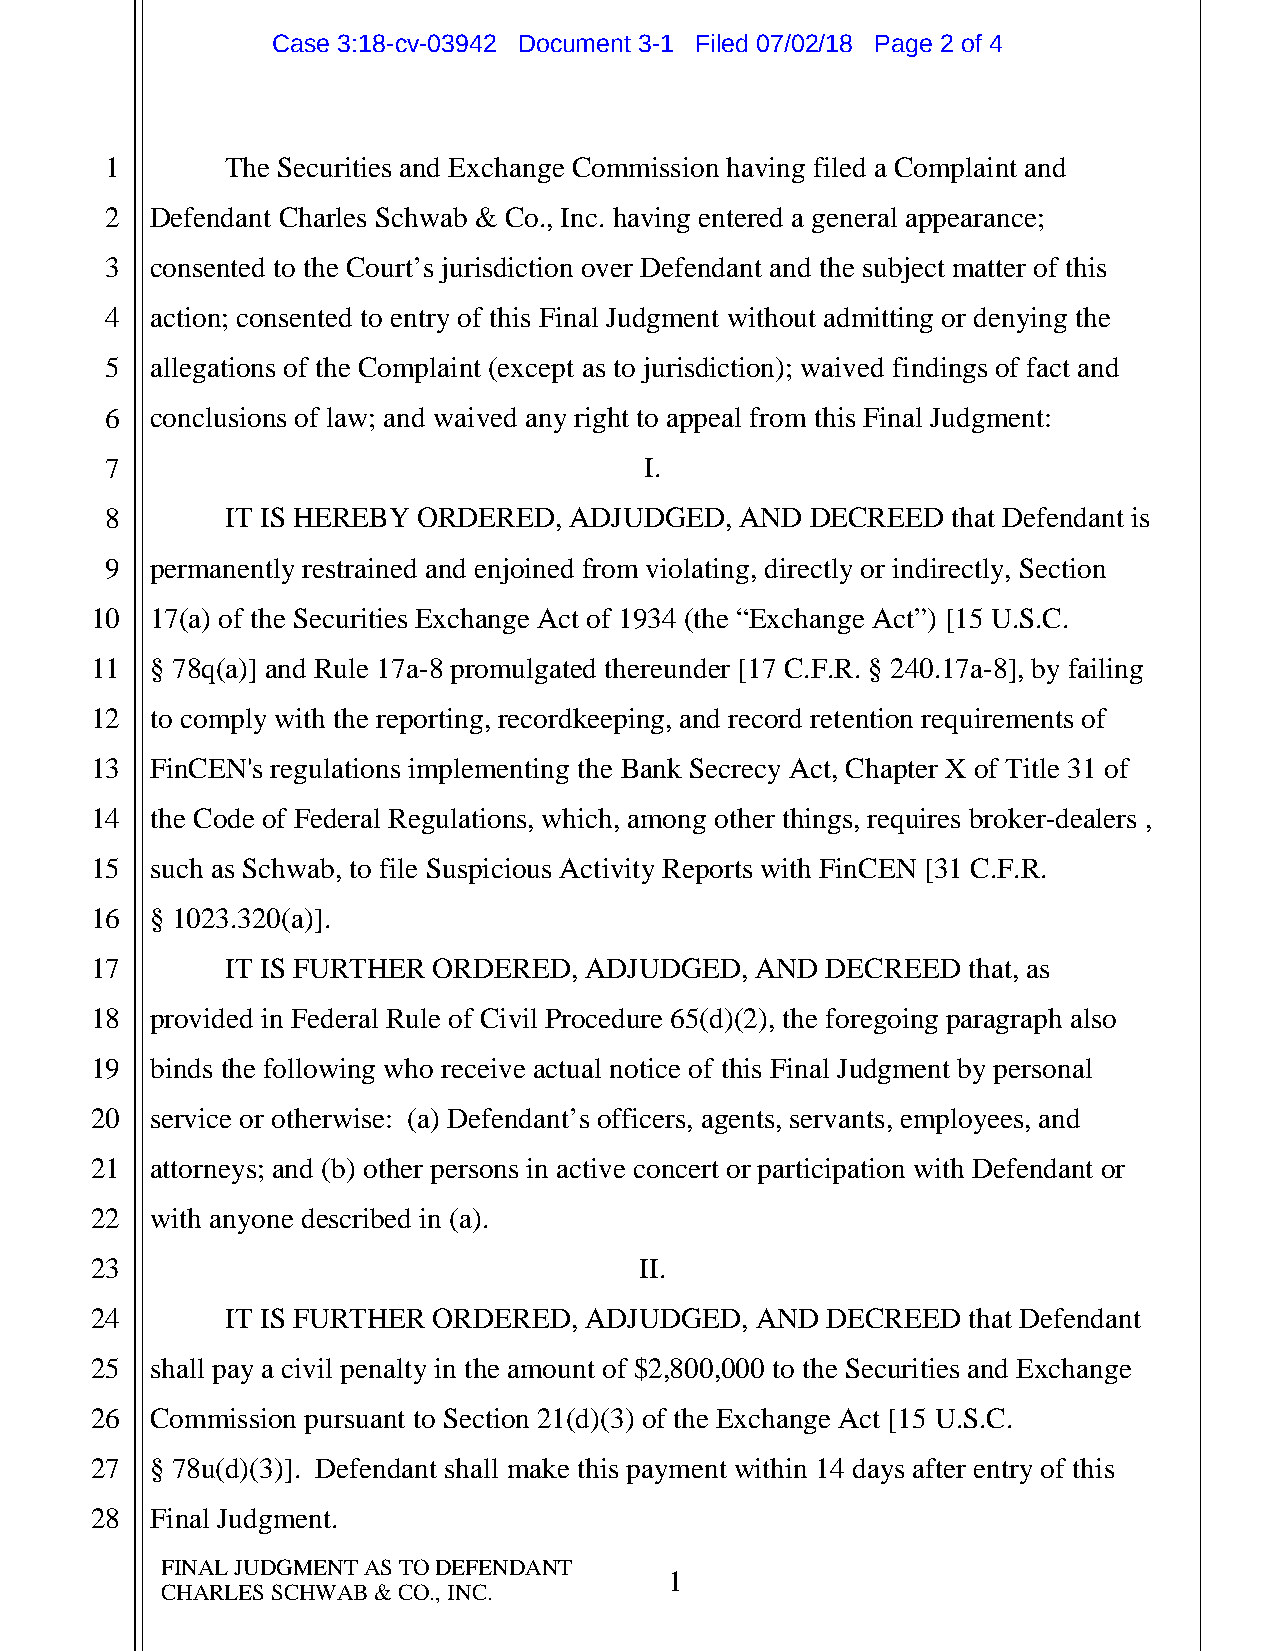
Case 3:18-cv-03942 Document 3-1 Filed 07/02/18 Page 2 of 4
 1       The Securities and Exchange Commission having filed a Complaint and
 2  Defendant Charles Schwab & Co., Inc. having entered a general appearance;
 3  consented to the Court’s jurisdiction over Defendant and the subject matter of this
 4  action; consented to entry of this Final Judgment without admitting or denying the
 5  allegations of the Complaint (except as to jurisdiction); waived findings of fact and
 6  conclusions of law; and waived any right to appeal from this Final Judgment:
 7                                   I.
 8       IT IS HEREBY ORDERED,  ADJUDGED,  AND  DECREED  that Defendant is
 9  permanently restrained and enjoined from violating, directly or indirectly, Section
 10  17(a) of the Securities Exchange Act of 1934 (the “Exchange Act”) [15 U.S.C.
 11  § 78q(a)] and Rule 17a-8 promulgated thereunder [17 C.F.R. § 240.17a-8], by failing
 12  to comply with the reporting, recordkeeping, and record retention requirements of
 13  FinCEN's regulations implementing the Bank Secrecy Act, Chapter X of Title 31 of
 14  the Code of Federal Regulations, which, among other things, requires broker-dealers ,
 15  such as Schwab, to file Suspicious Activity Reports with FinCEN [31 C.F.R.
 16  § 1023.320(a)].
 17       IT IS FURTHER ORDERED,  ADJUDGED,  AND  DECREED  that, as
 18  provided in Federal Rule of Civil Procedure 65(d)(2), the foregoing paragraph also
 19  binds the following who receive actual notice of this Final Judgment by personal
 20  service or otherwise: (a) Defendant’s officers, agents, servants, employees, and
 21  attorneys; and (b) other persons in active concert or participation with Defendant or
 22  with anyone described in (a).
 23                                  II.
 24       IT IS FURTHER ORDERED,  ADJUDGED,  AND  DECREED  that Defendant
 25  shall pay a civil penalty in the amount of $2,800,000 to the Securities and Exchange
 26  Commission pursuant to Section 21(d)(3) of the Exchange Act [15 U.S.C.
 27  § 78u(d)(3)]. Defendant shall make this payment within 14 days after entry of this
 28  Final Judgment.
 FINAL JUDGMENT AS TO DEFENDANT
 1
 CHARLES SCHWAB & CO., INC.